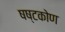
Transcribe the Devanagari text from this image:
षष्टकोण